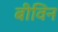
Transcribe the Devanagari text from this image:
बीविन